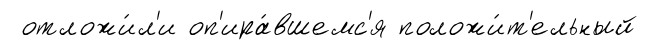
отложи́л'и оп'ира́вшемс'я положи́т'ельный